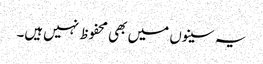
یہ سینوں میں بھی محفوظ نہیں‌ہیں۔